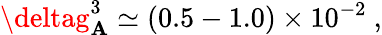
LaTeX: \deltag_{\mathbf{A}}^{3}\simeq(0.5-1.0)\times10^{-2}\ ,